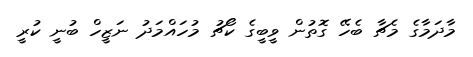
މާދަމާގެ މެޗާ ބެހޭ ގޮތުން ވީބީގެ ކޯޗު މުހައްމަދު ނަޒީހް ބުނީ ކުރީ